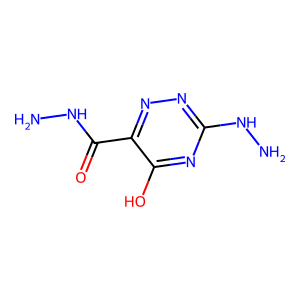
SMILES: NNC(=O)c1nnc(NN)nc1O
Inhibits HIV replication: No